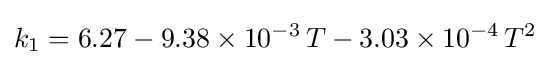
k_{1}=6.27-9.38\times 10^{-3}\,T-3.03\times 10^{-4}\,T^{2}